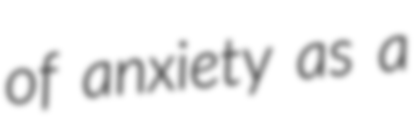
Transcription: of anxiety as a